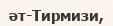
әт-Тирмизи,